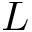
L